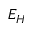
E _ { H }